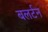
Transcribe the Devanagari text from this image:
बलर्टन